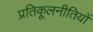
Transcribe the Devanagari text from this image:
प्रतिकूलनीतियों